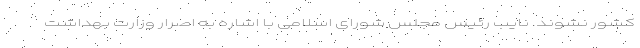
کشور نشوند. نایب رئیس مجلس شورای اسلامی با اشاره به اصرار وزارت بهداشت